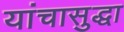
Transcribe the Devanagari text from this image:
यांचासुद्धा